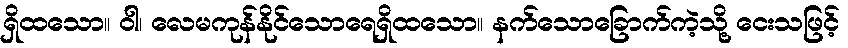
ရှိထသော။ ဝါ၊ လေမကုန်နိုင်သောရေရှိထသော။ နက်သောခြောက်ကဲ့သို့ ငေးသဖြင့်